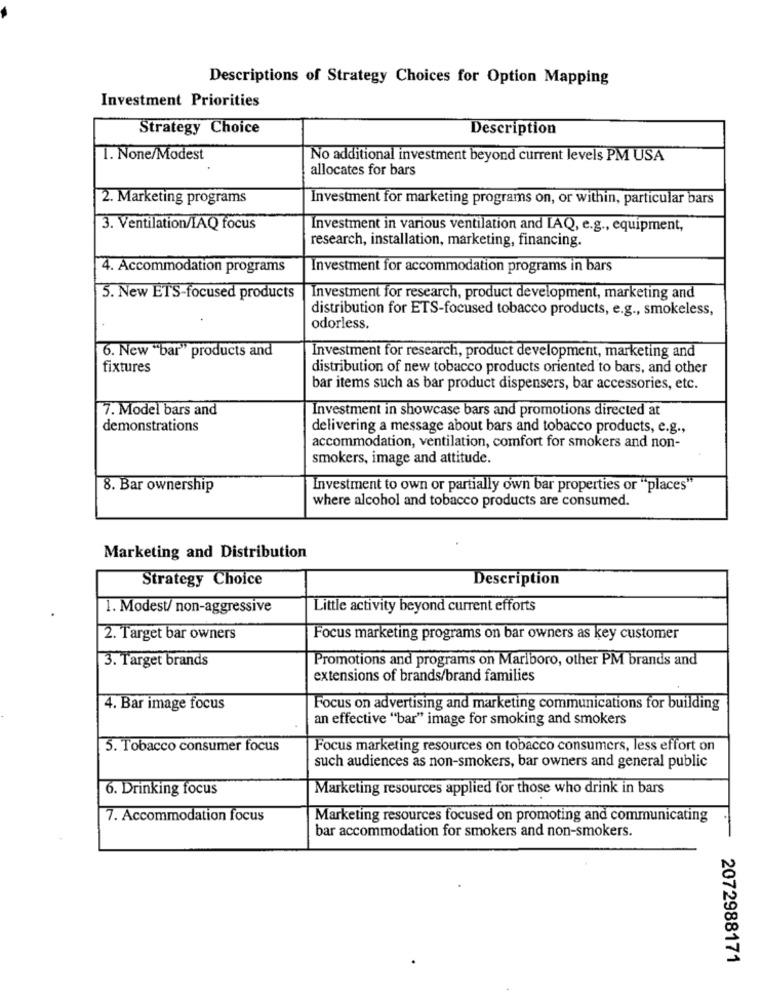
Descriptions of Strategy Choices for Option Mapping
Investment Priorities
Strategy Choice
Description
1. None/Modest
No additional investment beyond current levels PM USA
allocates for bars
2. Marketing programs
Investment for marketing programs on, or within, particular bars
3. Ventilation/IAQ focus
Investment in various ventilation and IAQ, e.g ., equipment,
research, installation, marketing, financing.
4. Accommodation programs
Investment for accommodation programs in bars
3. New ETS-focused products
| Investment for research, product development, marketing and
distribution for ETS-focused tobacco products, e.g ., smokeless,
odorless.
6. New "bar" products and
Investment for research, product development, marketing and
fixtures
distribution of new tobacco products oriented to bars, and other
bar items such as bar product dispensers, bar accessories, etc.
7. Model bars and
Investment in showcase bars and promotions directed at
demonstrations
delivering a message about bars and tobacco products, e.g .,
accommodation, ventilation, comfort for smokers and non-
smokers, image and attitude.
8. Bar ownership
Investment to own or partially own bar properties or "places'
where alcohol and tobacco products are consumed.
Marketing and Distribution
Strategy Choice
Description
1. Modest/ non-aggressive
Little activity beyond current efforts
2. Target bar owners
Focus marketing programs on bar owners as key customer
3. Target brands
Promotions and programs on Marlboro, other PM brands and
extensions of brands/brand families
4. Bar image focus
Focus on advertising and marketing communications for building
an effective "bar" image for smoking and smokers
5. Tobacco consumer focus
Focus marketing resources on tobacco consumers, less effort on
such audiences as non-smokers, bar owners and general public
6. Drinking focus
Marketing resources applied for those who drink in bars
7. Accommodation focus
Marketing resources focused on promoting and communicating
bar accommodation for smokers and non-smokers.
2072988171